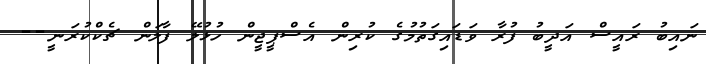
ނައިބު ރައީސް އަދީބު ފުރާ ވަޑައިގަތުމުގެ ކުރިން އެސްޕީޖީން ހުޅުލޭ ފާލަން ޗެކްކުރަނީ--